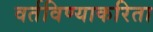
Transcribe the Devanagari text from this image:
वर्तविण्याकरिता